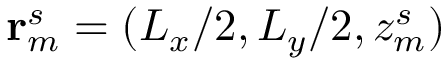
\mathbf { r } _ { m } ^ { s } = ( L _ { x } / 2 , L _ { y } / 2 , z _ { m } ^ { s } )